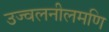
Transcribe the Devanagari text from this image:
उज्वलनीलमणि